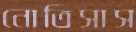
নোতিসাস